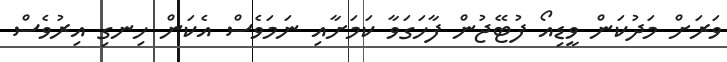
ވަރަށް މަދުކަން ވީޑިއޯ ފުޓޭޖުން ފާހަގަވާ ކަމަށާއި ނަމަވެސް އެކަން ހިނގި އިރުވެސް